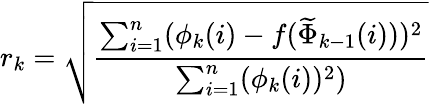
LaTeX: r_{k}=\sqrt{\frac{\sum_{i=1}^{n}(\phi_{k}(i)-f(\widetilde{\Phi}_{k-1}(i)))^{2}}{\sum_{i=1}^{n}(\phi_{k}(i))^{2})}}